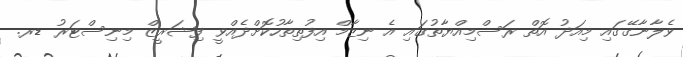
ވެލާނާގޭގައި މިއަދު އޮތް ރަސްމިއްޔާތުގައި އެ ނިޒާމް އިފުތިތާހުކޮށްދެއްވީ ފިޝަރީޒް މިނިސްޓަރު ޑރ.